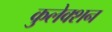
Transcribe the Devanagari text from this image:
कुलेक्शन